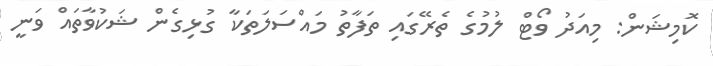
ކޮމިޝަން: މިއަދު ވޯޓް ލުމުގެ ތެރޭގައި ތަފާތު މައްސަލަތަކާ ގުޅިގެން ޝަކުވާތައް ވަނީ